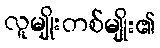
လူမျိုးတစ်မျိုး၏